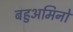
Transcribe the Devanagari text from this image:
बहुअमिनो